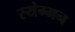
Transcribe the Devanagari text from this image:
स्यंग्मन